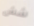
شش